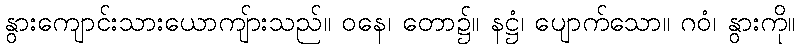
နွားကျောင်းသားယောကျ်ားသည်။ ဝနေ၊ တော၌။ နဋ္ဌံ၊ ပျောက်သော။ ဂဝံ၊ နွားကို။